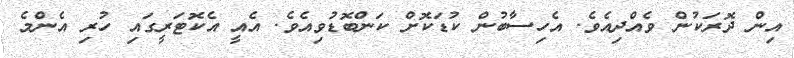
އިން ދޮރަކުން ވެއްދިއެވެ. އެހިސާބުން ކުޑަކޮށް ކަންބޮޑުވިއެވެ. އެއީ އެކޮޓަރީގައި ހުރި އެންމެ